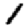
Digit: 1